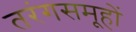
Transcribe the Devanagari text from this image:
तरंगसमूहों